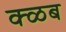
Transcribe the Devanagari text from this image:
क्ळब